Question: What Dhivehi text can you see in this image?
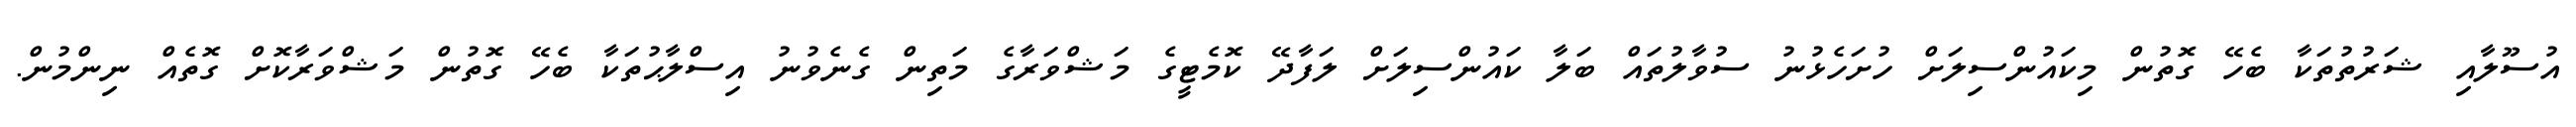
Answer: އުސޫލާއި ޝަރުތުތަކާ ބެހޭ ގޮތުން މިކައުންސިލަށް ހުށަހެޅުނު ސުވާލުތައް ބަލާ ކައުންސިލަށް ލަފާދޭ ކޮމެޓީގެ މަޝްވަރާގެ މަތިން ގެނެވުނު އިސްލާޙުތަކާ ބެހޭ ގޮތުން މަޝްވަރާކޮށް ގޮތެއް ނިންމުން.